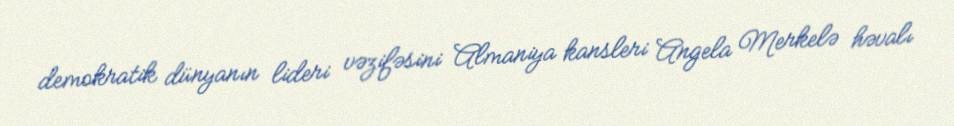
demokratik dünyanın lideri vəzifəsini Almaniya kansleri Angela Merkelə həvalı